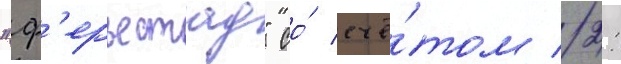
"ф'ерьестад" со́ счё́том 2: